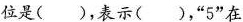
位是（ ），表示（ ），”5”在